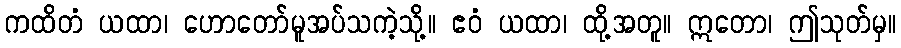
ကထိတံ ယထာ၊ ဟောတော်မူအပ်သကဲ့သို့။ ဧဝံ ယထာ၊ ထို့အတူ။ ဣတော၊ ဤသုတ်မှ။